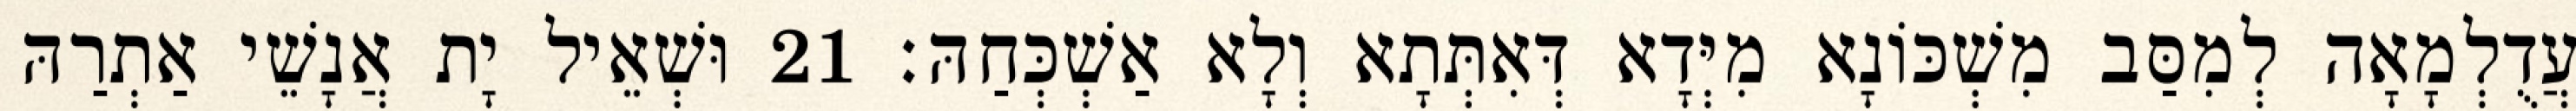
עֲדֻלְמָאָה לְמִסַּב מִשְׁכּוֹנָא מִיְּדָא דְּאִתְּתָא וְלָא אַשְׁכְּחַהּ׃ 21 וּשְׁאֵיל יָת אֲנָשֵׁי אַתְרַהּ